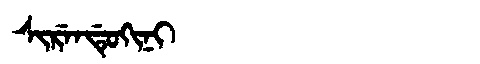
Manchu: ᠰᡳᡵᡝᠨᡩᡠᡴᡳᠨᡳ
Romanization: SIRENDUKINI